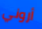
أروني